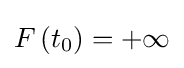
F\left(t_{0}\right)=+\infty